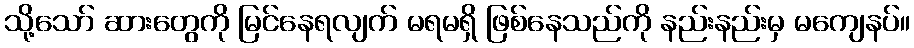
သို့သော် ဆားတွေကို မြင်နေရလျက် မရမရှိ ဖြစ်နေသည်ကို နည်းနည်းမှ မကျေနပ်။